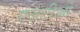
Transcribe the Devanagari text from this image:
एलटीओ